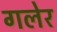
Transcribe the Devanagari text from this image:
गलेर